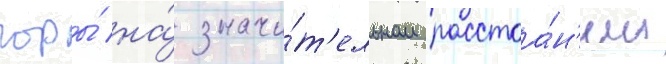
горы́ на́ значи́т'ельном расстоа́н'ии